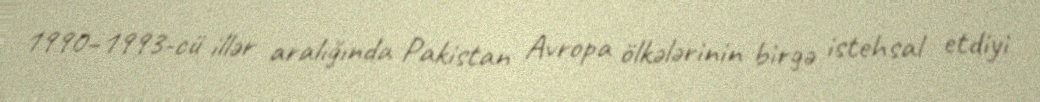
1990–1993-cü illər aralığında Pakistan Avropa ölkələrinin birgə istehsal etdiyi